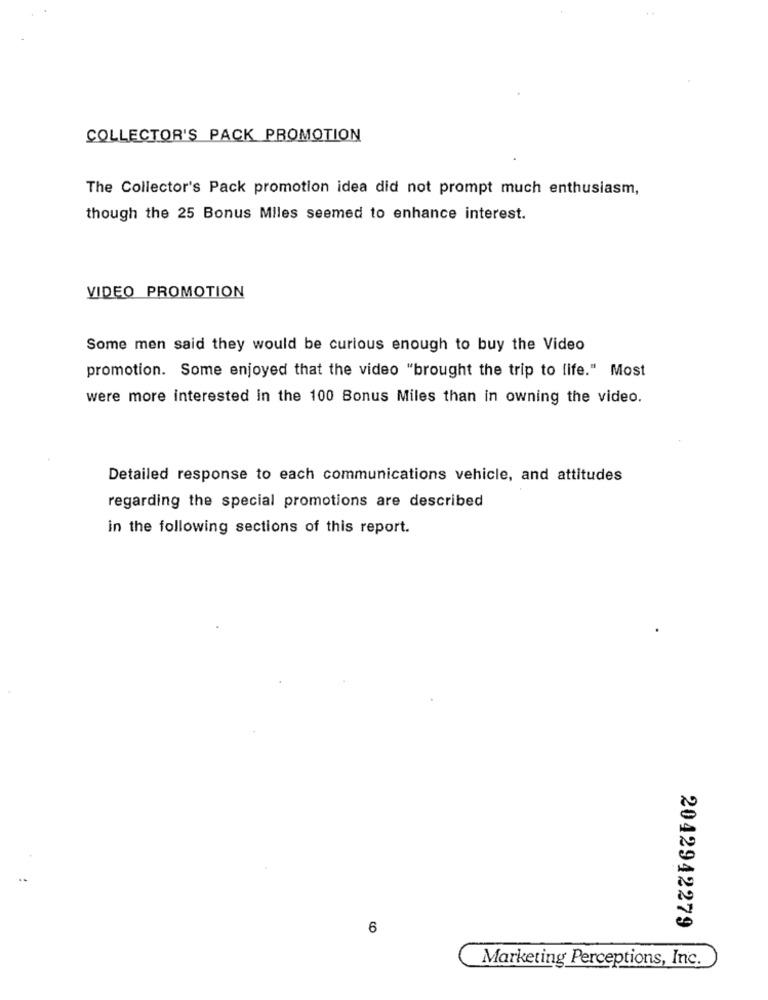
COLLECTOR'S PACK PROMOTION
The Collector's Pack promotion idea did not prompt much enthusiasm,
though the 25 Bonus Miles seemed to enhance interest.
VIDEO PROMOTION
Some men said they would be curious enough to buy the Video
promotion. Some enjoyed that the video "brought the trip to life." Most
were more interested in the 100 Bonus Miles than in owning the video.
Detailed response to each communications vehicle, and attitudes
regarding the special promotions are described
in the following sections of this report.
6
2042942279
Marketing Perceptions, Inc.